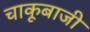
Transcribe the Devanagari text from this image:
चाकूबाजी